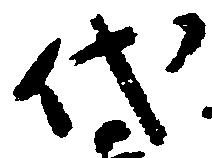
代